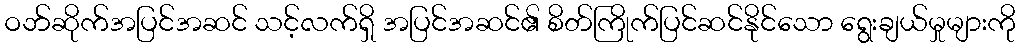
ဝဘ်ဆိုက်အပြင်အဆင် သင့်လက်ရှိ အပြင်အဆင်၏ စိတ်ကြိုက်ပြင်ဆင်နိုင်သော ရွေးချယ်မှုများကို